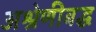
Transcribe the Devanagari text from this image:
अश्रेणीबद्ध